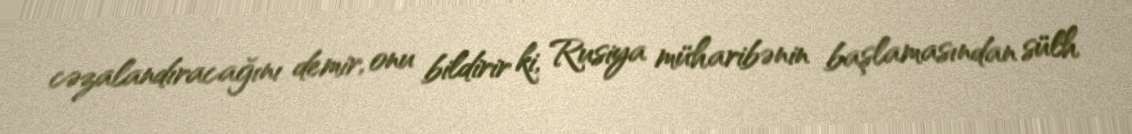
cəzalandıracağını demir, onu bildirir ki, Rusiya müharibənin başlamasından sülh